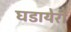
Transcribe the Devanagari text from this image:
घडायेरी